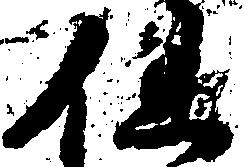
但